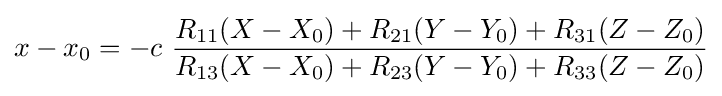
x-x_{0}=-c\ {\frac {R_{11}(X-X_{0})+R_{21}(Y-Y_{0})+R_{31}(Z-Z_{0})}{R_{13}(X-X_{0})+R_{23}(Y-Y_{0})+R_{33}(Z-Z_{0})}}